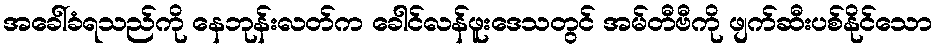
အခေါ်ခံရသည်ကို နေဘုန်းလတ်က ခေါင်လန်ဖူးဒေသတွင် အမ်တီဗီကို ဖျက်ဆီးပစ်နိုင်သော